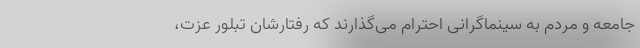
جامعه و مردم به سینماگرانی احترام می‌گذارند که رفتارشان تبلور عزت،